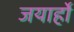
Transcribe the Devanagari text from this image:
जयार्हो